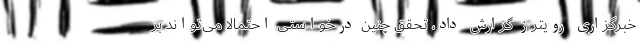
خبرگزاری رویترز گزارش داد، تحقق چنین درخواستی احتمالا می‌تواند بر